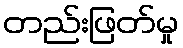
တည်းဖြတ်မှု